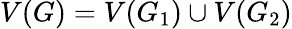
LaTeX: V(G)=V(G_{1})\cup V(G_{2})